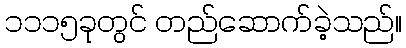
၁၁၁၅ခုတွင် တည်ဆောက်ခဲ့သည်။